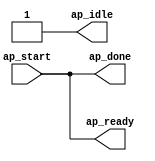
// ==============================================================
// RTL generated by Vivado(TM) HLS - High-Level Synthesis from C, C++ and SystemC
// Version: 2018.2
// Copyright (C) 1986-2018 Xilinx, Inc. All Rights Reserved.
// 
// ===========================================================

`timescale 1 ns / 1 ps 

(* CORE_GENERATION_INFO="coprocessor,hls_ip_2018_2,{HLS_INPUT_TYPE=c,HLS_INPUT_FLOAT=0,HLS_INPUT_FIXED=0,HLS_INPUT_PART=xc7z020clg400-1,HLS_INPUT_CLOCK=10.000000,HLS_INPUT_ARCH=others,HLS_SYN_CLOCK=0.000000,HLS_SYN_LAT=0,HLS_SYN_TPT=none,HLS_SYN_MEM=0,HLS_SYN_DSP=0,HLS_SYN_FF=0,HLS_SYN_LUT=0,HLS_VERSION=2018_2}" *)

module coprocessor (
        ap_start,
        ap_done,
        ap_idle,
        ap_ready
);


input   ap_start;
output   ap_done;
output   ap_idle;
output   ap_ready;

assign ap_done = ap_start;

assign ap_idle = 1'b1;

assign ap_ready = ap_start;

endmodule //coprocessor